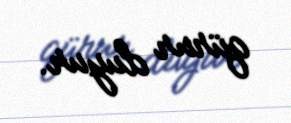
qürur duyur.